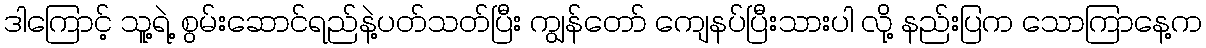
ဒါကြောင့် သူ့ရဲ့ စွမ်းဆောင်ရည်နဲ့ပတ်သတ်ပြီး ကျွန်တော် ကျေနပ်ပြီးသားပါ လို့ နည်းပြက သောကြာနေ့က